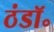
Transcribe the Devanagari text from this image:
ठंडॉ॰